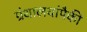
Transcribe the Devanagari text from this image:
ग्रंथालयांपैकी